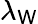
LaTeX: \lambda_{\mathsf{W}}